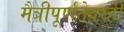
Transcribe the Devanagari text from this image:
मैत्रीपूर्णतेवरही